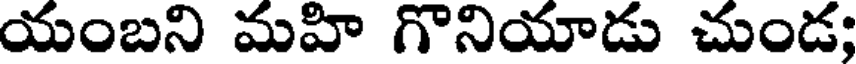
యంబని మహి గొనియాడు చుండ;